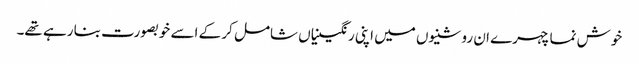
خوش نما چہرے ان روشنیوں میں اپنی رنگینیاں شامل کر کے اسے خوبصورت بنا رہے تھے۔